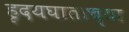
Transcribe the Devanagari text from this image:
हृदयघाताच्या